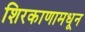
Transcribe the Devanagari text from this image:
शिरकाणामधून